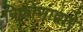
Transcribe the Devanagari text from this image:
त्रिकोणाद्वारे